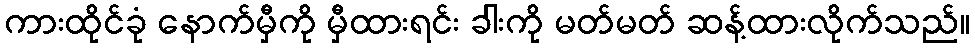
ကားထိုင်ခုံ နောက်မှီကို မှီထားရင်း ခါးကို မတ်မတ် ဆန့်ထားလိုက်သည်။